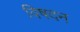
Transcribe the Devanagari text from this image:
विषदन